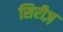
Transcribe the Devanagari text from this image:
सिरीज़़